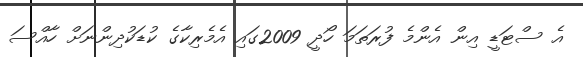
އެ ސްޓަޑީ އިން އެންމެ ފުރަތަމަ ހޯދީ 2009ގައި އެމެރިކާގެ ކުޑަކުދިންނަށް ހާއްސަ